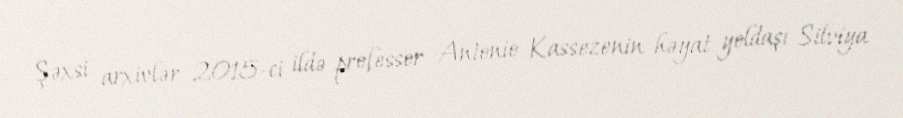
Şəxsi arxivlər 2015-ci ildə professor Antonio Kassezenin həyat yoldaşı Silviya